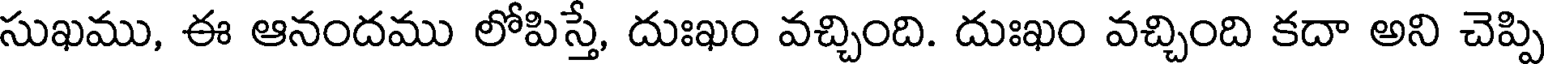
సుఖము, ఈ ఆనందము లోపిస్తే, దుఃఖం వచ్చింది. దుఃఖం వచ్చింది కదా అని చెప్పి